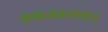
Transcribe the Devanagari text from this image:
समाजसत्तावाद